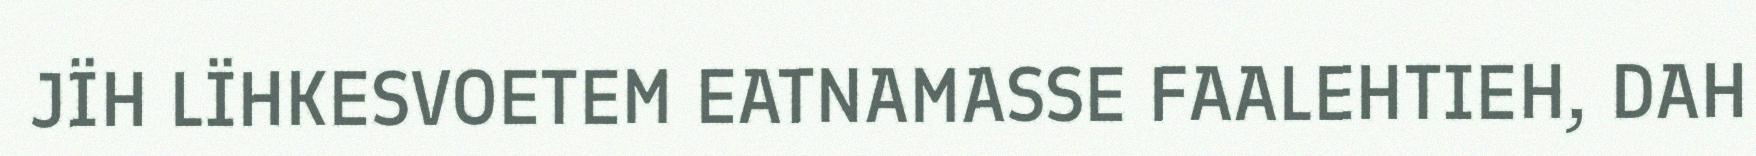
JÏH LÏHKESVOETEM EATNAMASSE FAALEHTIEH, DAH